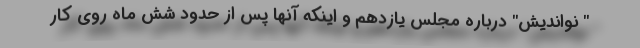
" نواندیش" درباره مجلس یازدهم و اینکه آنها پس از حدود شش ماه روی کار